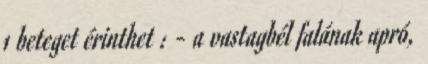
1 beteget érinthet : - a vastagbél falának apró,